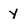
Character: y